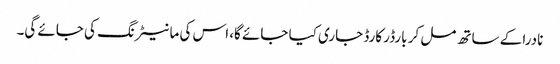
نادرا کے ساتھ مل کر بارڈر کارڈ جاری کیا جائے گا، اس کی مانیٹرنگ کی جائے گی۔